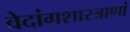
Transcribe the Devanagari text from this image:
वेदांगशास्त्राणां